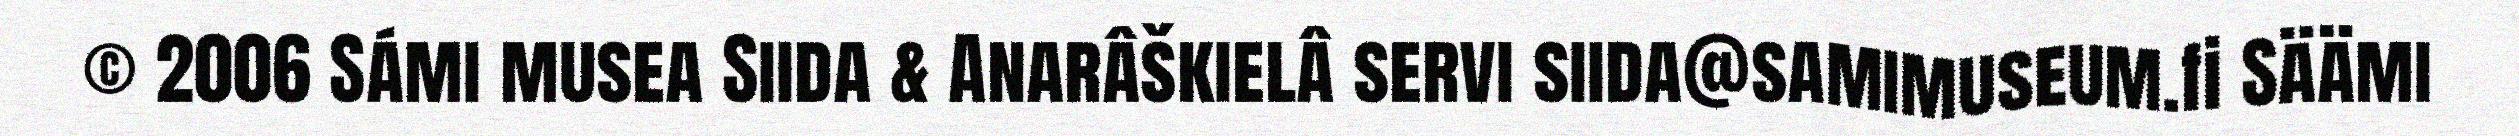
© 2006 Sámi musea Siida & Anarâškielâ servi siida@samimuseum.fi Säämi